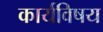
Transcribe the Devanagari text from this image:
कार्यविषय